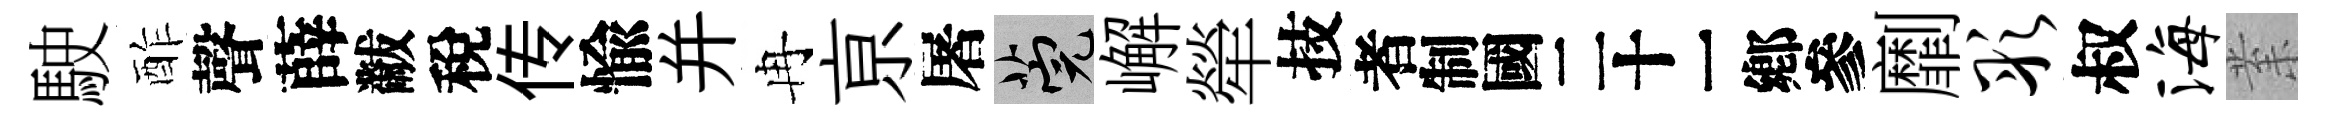
駛酢聲薛黻稅传愉并冉亰屠筦嶰犖技识劘彤叔海𭪙